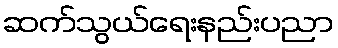
ဆက်သွယ်ရေးနည်းပညာ